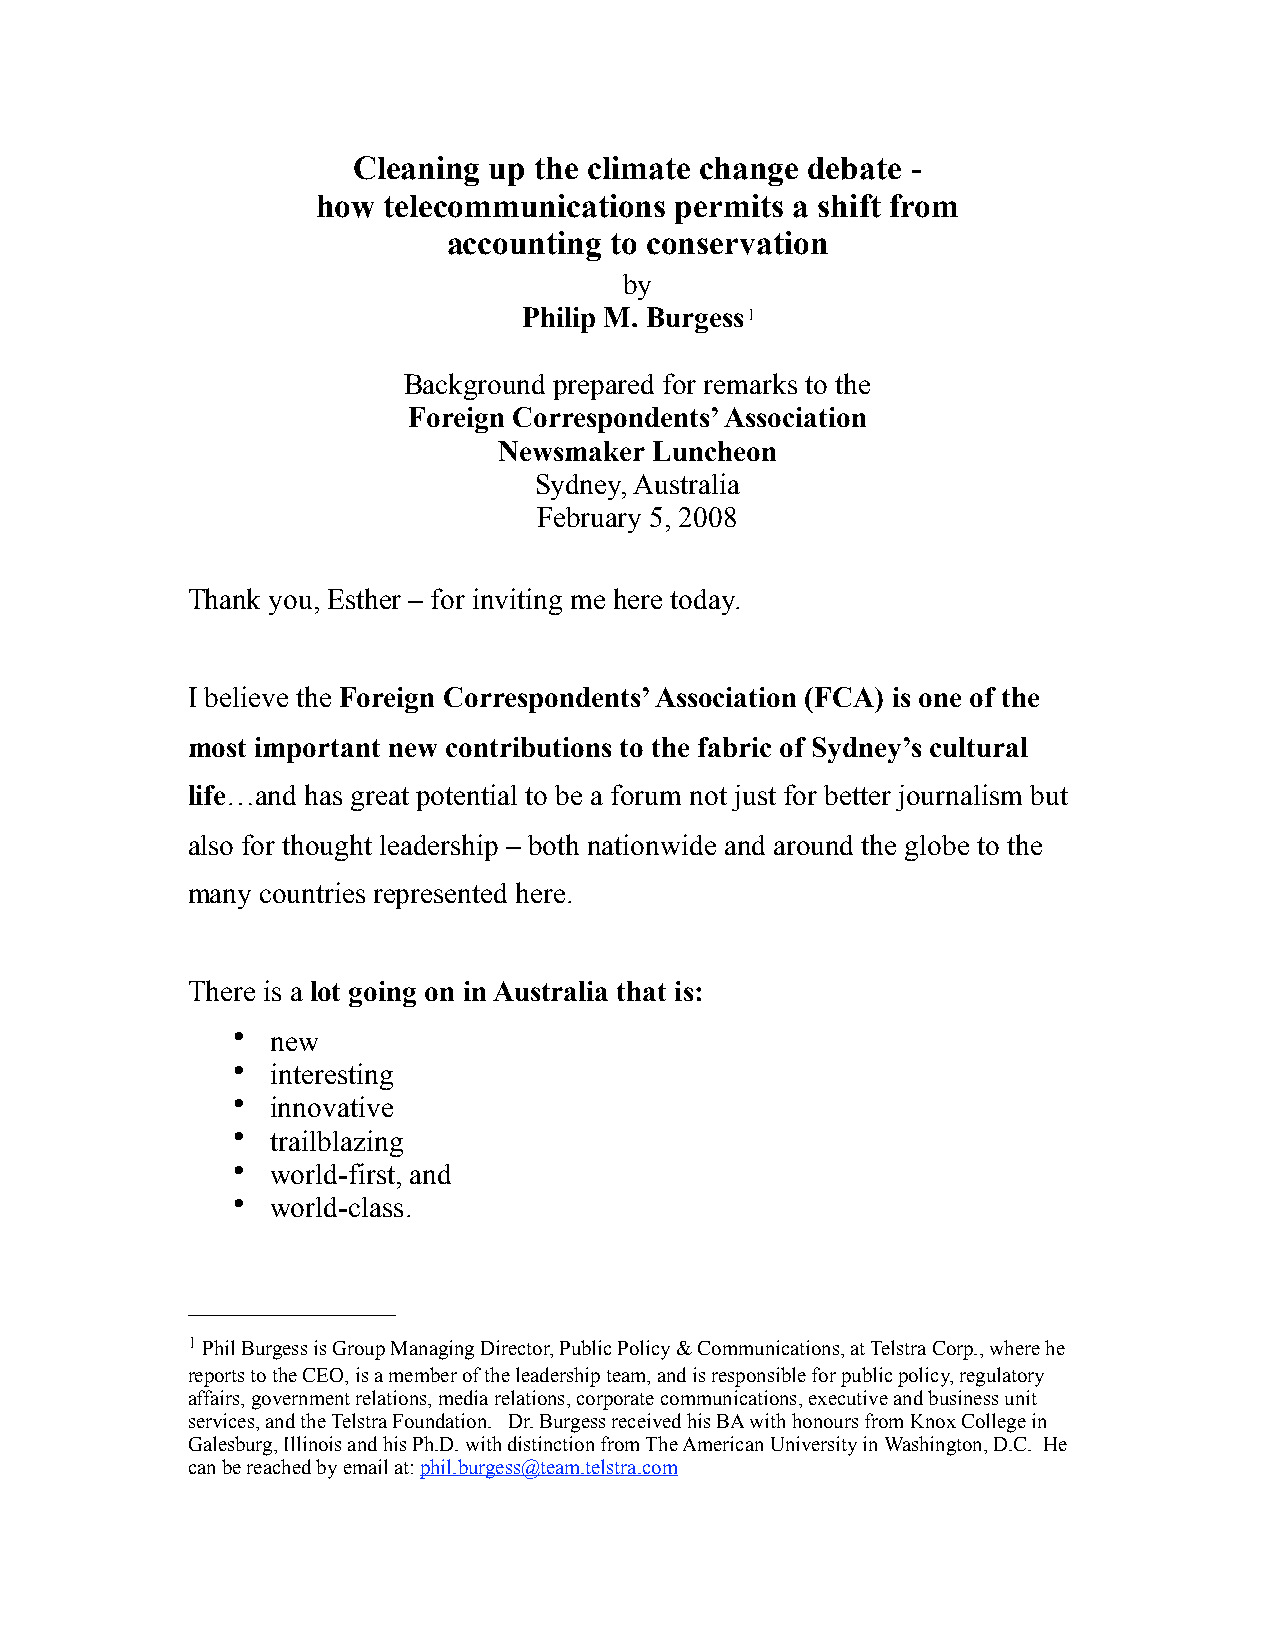
Cleaning up the climate change debate -
 how telecommunications  permits a shift from
 accounting to conservation
 by
 Philip M. Burgess1
 Background prepared for remarks to the
 Foreign Correspondents’ Association
 Newsmaker Luncheon
 Sydney, Australia
 February 5, 2008
 Thank you, Esther – for inviting me here today.
 I believe the Foreign Correspondents’ Association (FCA) is one of the
 most important new contributions to the fabric of Sydney’s cultural
 life…and has great potential to be a forum not just for better journalism but
 also for thought leadership – both nationwide and around the globe to the
 many countries represented here.
 There is a lot going on in Australia that is:
 •  new
 •  interesting
 •  innovative
 •  trailblazing
 •  world-first, and
 •  world-class.
 1 Phil Burgess is Group Managing Director, Public Policy & Communications, at Telstra Corp., where he
 reports to the CEO, is a member of the leadership team, and is responsible for public policy, regulatory
 affairs, government relations, media relations, corporate communications, executive and business unit
 services, and the Telstra Foundation. Dr. Burgess received his BA with honours from Knox College in
 Galesburg, Illinois and his Ph.D. with distinction from The American University in Washington, D.C. He
 can be reached by email at: phil.burgess@team.telstra.com